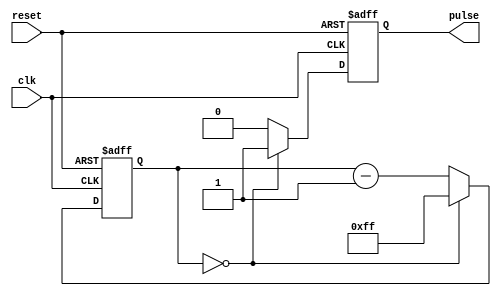
module PulseGenerator (
  input wire clk,
  input wire reset,
  output reg pulse
);

reg [7:0] counter;

always @ (posedge clk or posedge reset) begin
  if (reset) begin
    counter <= 0;
    pulse <= 0;
  end else begin
    if (counter == 0) begin
      pulse <= 1;
      counter <= 255; // adjust for desired interval
    end else begin
      pulse <= 0;
      counter <= counter - 1;
    end
  end
end

endmodule